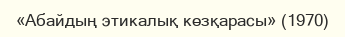
«Абайдың этикалық көзқарасы» (1970)